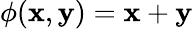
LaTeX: \phi(\mathbf{x},\mathbf{y})=\mathbf{x}+\mathbf{y}